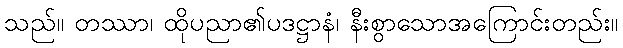
သည်။ တဿာ၊ ထိုပညာ၏ပဒဋ္ဌာနံ၊ နီးစွာသောအကြောင်းတည်း။